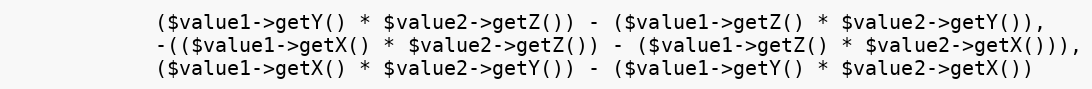
Language: PHP
            ($value1->getY() * $value2->getZ()) - ($value1->getZ() * $value2->getY()),
            -(($value1->getX() * $value2->getZ()) - ($value1->getZ() * $value2->getX())),
            ($value1->getX() * $value2->getY()) - ($value1->getY() * $value2->getX())